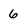
Character: 6